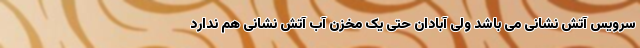
سرویس آتش نشانی می باشد ولی آبادان حتی یک مخزن آب آتش نشانی هم ندارد